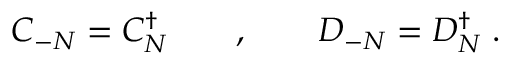
C _ { - N } = C _ { N } ^ { \dagger } \qquad , \qquad D _ { - N } = D _ { N } ^ { \dagger } \; .